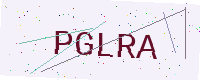
Text: PGLRA